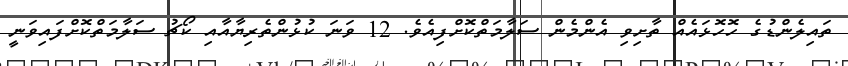
ތައިލެންޑުގެ ހޮހޮޅައެއް ތާށިވި އެންމެން ސަލާމަތްކޮށްފިއެވެ. 12 ވަނަ ކުޅުންތެރިޔާއާއި ކޯޗު ސަލާމަތްކޮށްފައިވަނީ